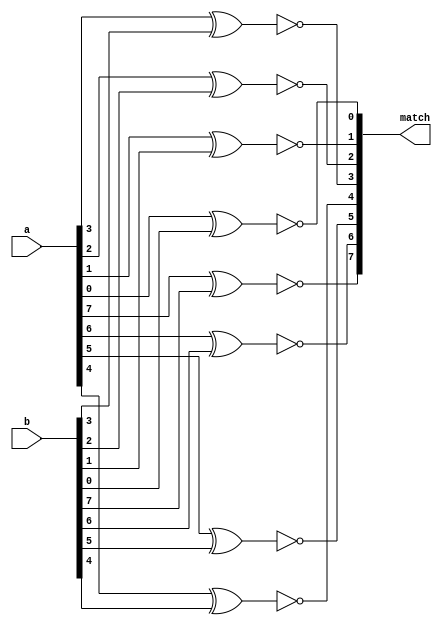
module match_bits_v(input [7:0] a,b, output reg [7:0] match);
    integer i;
    wire ab_xor;
    always @(a or b) begin
        for (i=7; i>=0; i=i-1) begin
            match[i] = ~(a[i]^b[i]);
        end
    end
endmodule